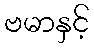
ဗမာနှင့်